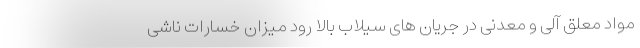
مواد معلق آلی و معدنی در جریان های سیلاب بالا رود میزان خسارات ناشی